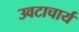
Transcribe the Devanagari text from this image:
उवटाचार्य